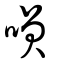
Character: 咲